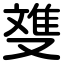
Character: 﨎